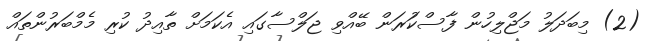
(2) މިބަދަލު މަޖްލިހުން ފާސްކުަރަން ބޭއްވި ޖަލްސާގައި އެކަމަށް ތާއިދު ކުރި މެމްބަރުންތައް